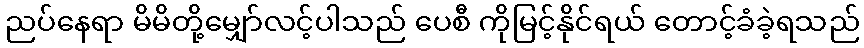
ညပ်နေရာ မိမိတို့မျှော်လင့်ပါသည် ပေစီ ကိုမြင့်နိုင်ရယ် တောင့်ခံခဲ့ရသည်